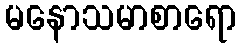
မနောသမာစာရော